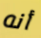
أنه